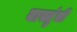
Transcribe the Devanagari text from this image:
वास्तुंची